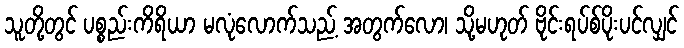
သူတို့တွင် ပစ္စည်းကိရိယာ မလုံလောက်သည့် အတွက်လော၊ သို့မဟုတ် ဗိုင်းရပ်စ်ပိုးပင်လျှင်